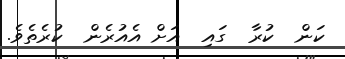
ކަން  ކުރާ  ގައި  އަށް އެއުރެން  ކުރެތެވެ.